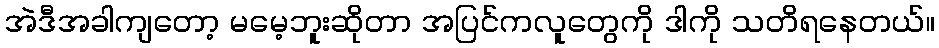
အဲဒီအခါကျတော့ မမေ့ဘူးဆိုတာ အပြင်ကလူတွေကို ဒါကို သတိရနေတယ်။